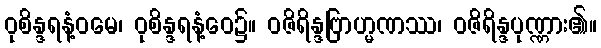
ဝုစိန္ဒရနံ့ဝမေ၊ ဝုစိန္ဒရနံ့ဝေ၌။ ဝဇိရိန္ဒဗြာဟ္မဏဿ၊ ဝဇိရိန္ဒပုဏ္ဏား၏။